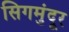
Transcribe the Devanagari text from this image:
सिगमुंदूर